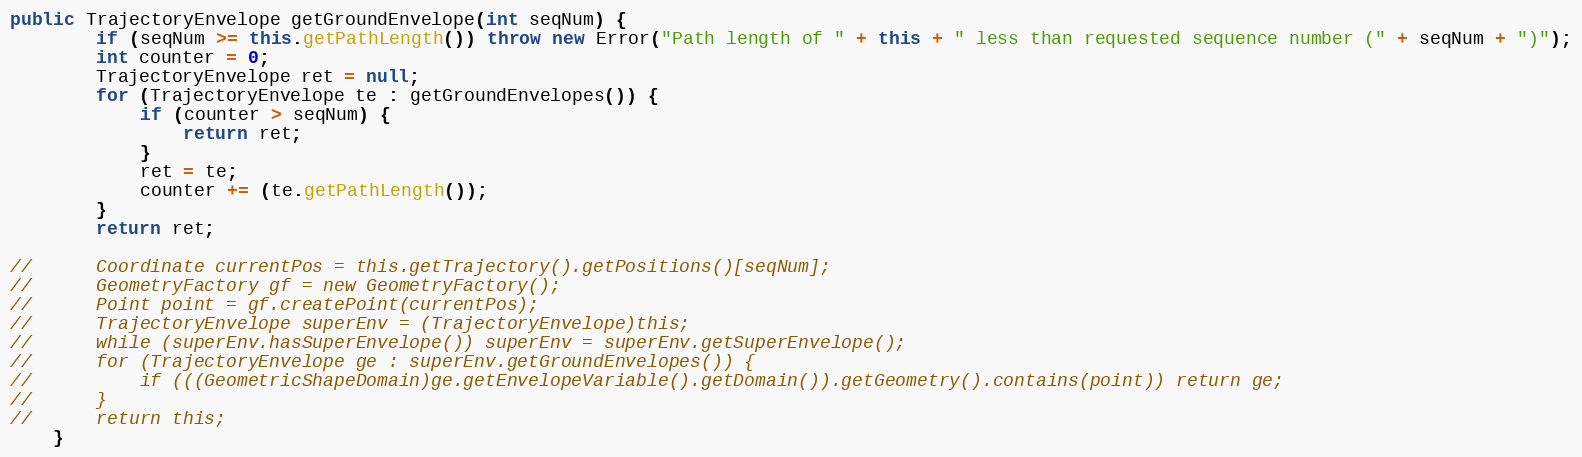
Language: Java
public TrajectoryEnvelope getGroundEnvelope(int seqNum) {
		if (seqNum >= this.getPathLength()) throw new Error("Path length of " + this + " less than requested sequence number (" + seqNum + ")");
		int counter = 0;
		TrajectoryEnvelope ret = null;
		for (TrajectoryEnvelope te : getGroundEnvelopes()) {
			if (counter > seqNum) {
				return ret;
			}
			ret = te;
			counter += (te.getPathLength());
		}
		return ret;

//		Coordinate currentPos = this.getTrajectory().getPositions()[seqNum];
//		GeometryFactory gf = new GeometryFactory();
//		Point point = gf.createPoint(currentPos);
//		TrajectoryEnvelope superEnv = (TrajectoryEnvelope)this;
//		while (superEnv.hasSuperEnvelope()) superEnv = superEnv.getSuperEnvelope();
//		for (TrajectoryEnvelope ge : superEnv.getGroundEnvelopes()) {
//			if (((GeometricShapeDomain)ge.getEnvelopeVariable().getDomain()).getGeometry().contains(point)) return ge;
//		}
//		return this;
	}